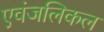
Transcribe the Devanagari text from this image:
एवंजलिकल